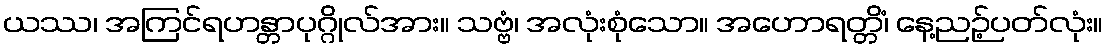
ယဿ၊ အကြင်ရဟန္တာပုဂ္ဂိုလ်အား။ သဗ္ဗံ၊ အလုံးစုံသော။ အဟောရတ္တိံ၊ နေ့ညဉ့်ပတ်လုံး။